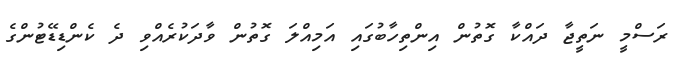
ރަސްމީ ނަތީޖާ ދައްކާ ގޮތުން އިންތިހާބުގައި އަމިއްލަ ގޮތުން ވާދަކުރެއްވި ދެ ކެންޑިޑޭޓުންގެ